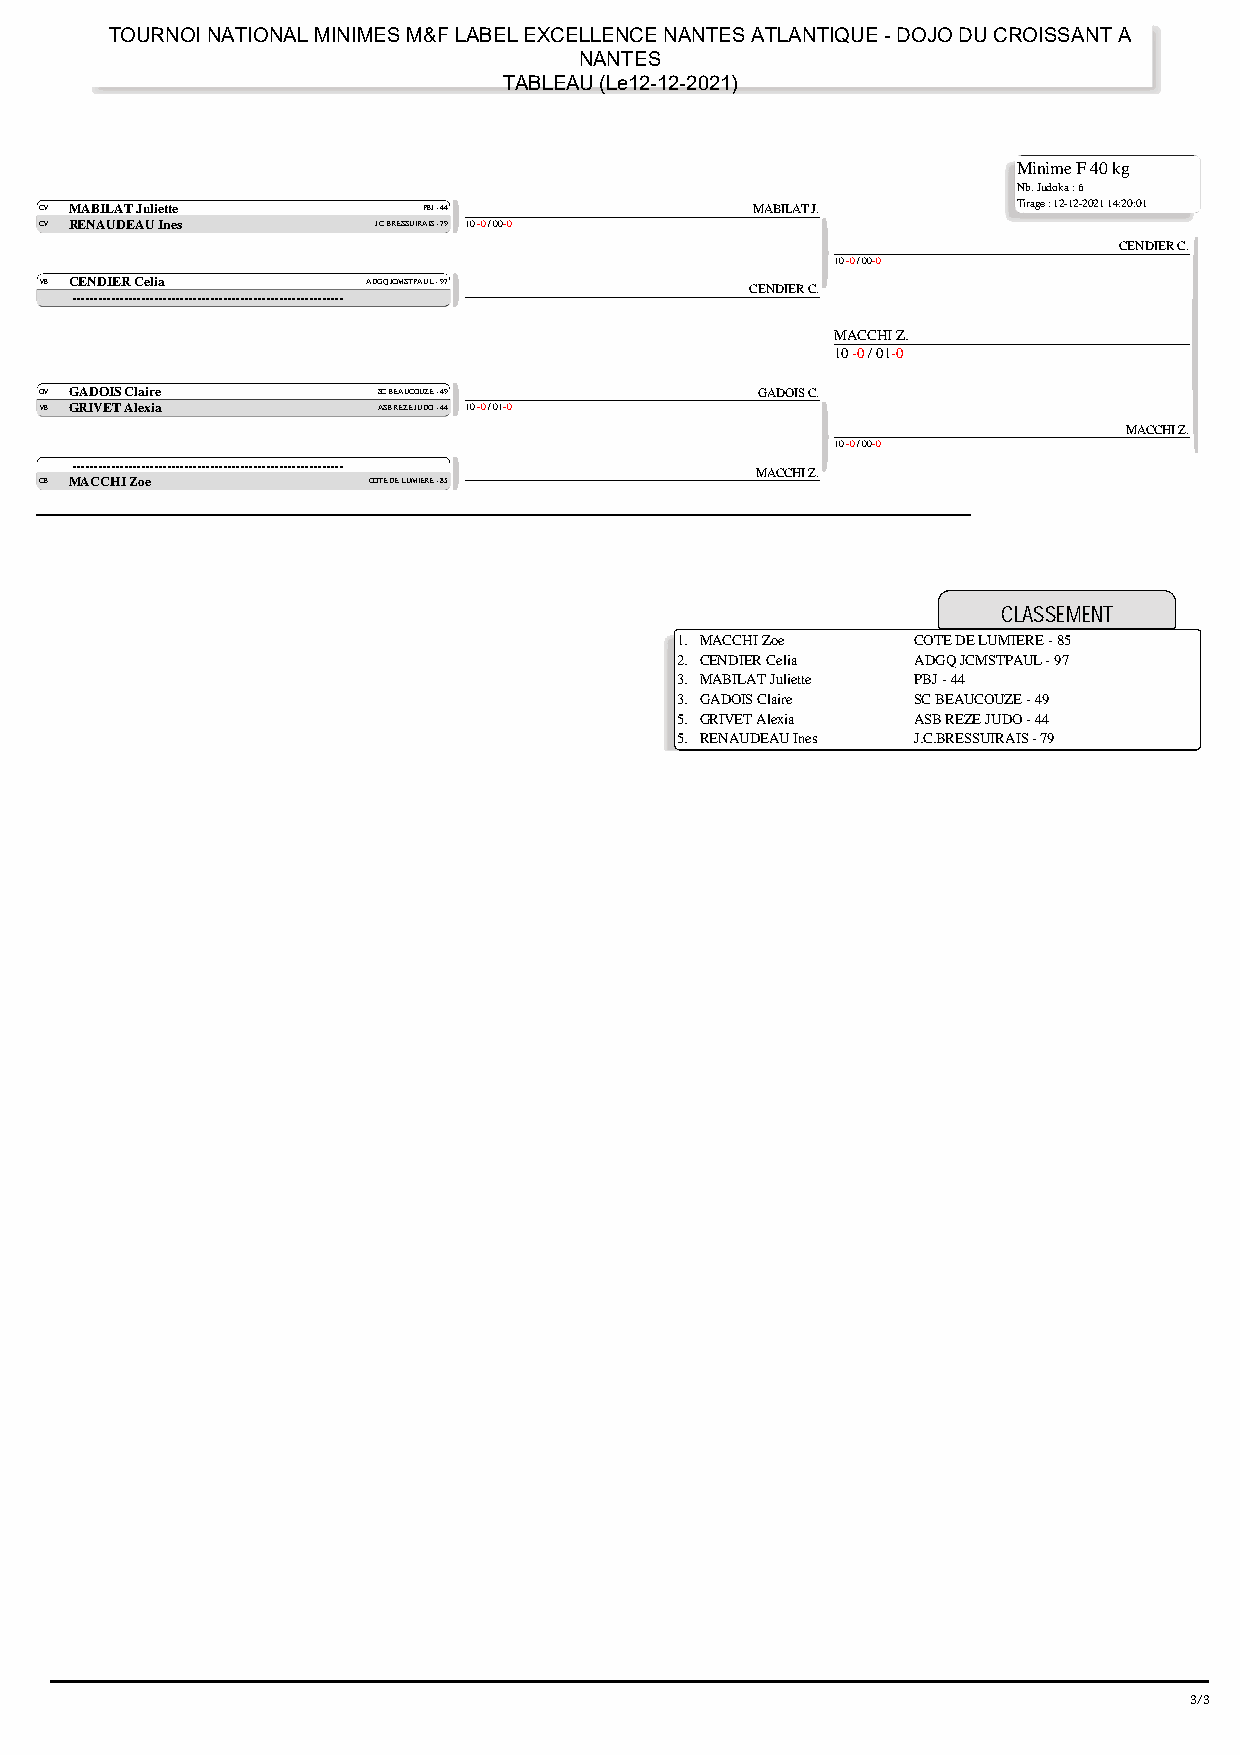
TOURNOI NATIONAL MINIMES M&F LABEL EXCELLENCE NANTES ATLANTIQUE - DOJO DU CROISSANT A
 NANTES
 TABLEAU (Le12-12-2021)
 Minime F 40 kg
 Nb. Judoka : 6
 CV MABILAT Juliette      PBJ - 44              MABILAT J.       Tirage : 12-12-2021 14:20:01
 CV RENAUDEAU Ines     J.C.BRESSUIRAIS - 79 10 -0 / 00-0
 CENDIER C.
 10 -0 / 00-0
 VB CENDIER Celia     ADGQ JCMSTPAUL - 97       CENDIER C.
 ---------------------------------------------------------------
 MACCHI Z.
 10 -0 / 01-0
 OV GADOIS Claire      SC BEAUCOUZE - 49        GADOIS C.
 VB GRIVET Alexia      ASB REZE JUDO - 44 10 -0 / 01-0
 MACCHI Z.
 10 -0 / 00-0
 ---------------------------------------------------------------
 MACCHI Z.
 CB MACCHI Zoe        COTE DE LUMIERE - 85
 CLASSEMENT
 1. MACCHI Zoe   COTE DE LUMIERE - 85
 2. CENDIER Celia ADGQ JCMSTPAUL - 97
 3. MABILAT Juliette PBJ - 44
 3. GADOIS Claire SC BEAUCOUZE - 49
 5. GRIVET Alexia ASB REZE JUDO - 44
 5. RENAUDEAU Ines J.C.BRESSUIRAIS - 79
 3/37